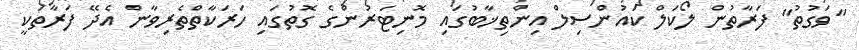
"ވަގުތު" ފަރާތުން ލޯކަލް ކައުންސިލް އިންތިޚާބުގައި މޮނިޓަރުންގެ ގޮތުގައި ހަރަކާތްތެރިވާން އެދޭ ފަރާތަކީ